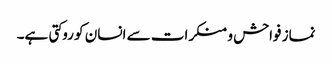
نماز فواحش و منکرات سے انسان کو روکتی ہے۔